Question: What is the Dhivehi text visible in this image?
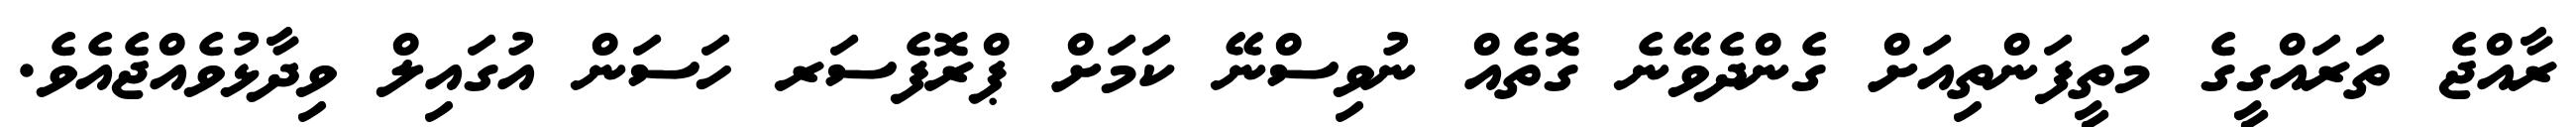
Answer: ރާއްޖެ ތަރައްގީގެ މަތީފަންތިއަށް ގެންދެވޭނެ ގޮތެއް ނުވިސްނޭ ކަމަށް ޕްރޮފެސަރ ހަސަން އުގައިލް ވިދާޅުވެއްޖެއެވެ.